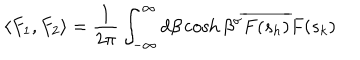
\langle F _ { 1 } , F _ { 2 } \rangle = \frac { 1 } { 2 \pi } \int _ { - \infty } ^ { \infty } d \beta \cosh \beta ^ { \sigma } \overline { { { F ( s _ { h } ) } } } F ( s _ { k } )